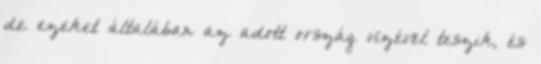
de ezeket általában az adott ország vizével teszik, és